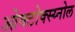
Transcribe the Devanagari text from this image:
ओक्टोक्स्य्नोल